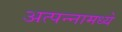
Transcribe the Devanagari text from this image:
अत्‍पन्‍नामध्‍ये